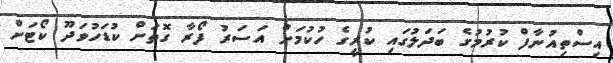
އިސްތިއުނާފް ކުރުމުގެ ބަދަލުގައި ކުރީގެ ހުކުމަށް އަސަރު ފޯރާ ގޮތަށް ކުޑަހުވަދޫ ކޯޓަށް